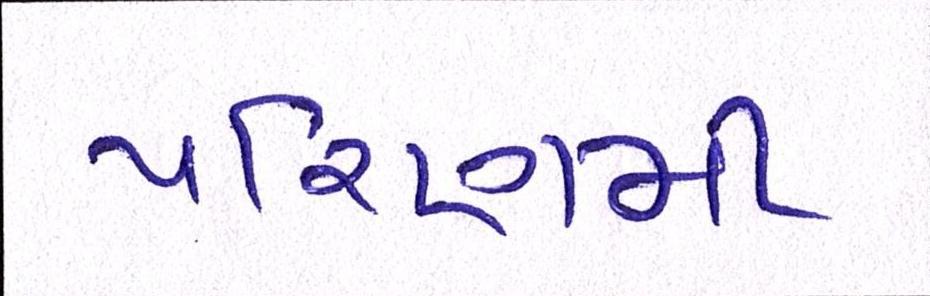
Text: પરિણમી